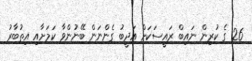
26 ގެ ކުރިން ނައިބް ރައީސަކަށް އަދީބު ގެންނަން ބޭނުންވާ ކަމަށާއި އިތުބާރު